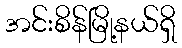
အင်းစိန်မြို့နယ်ရှိ